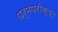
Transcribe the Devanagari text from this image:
धर्मपरीक्षा